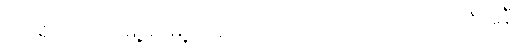
မသိရှိရသေးပဲ မြို့မိ/မြို့ဖ အဆိုပါဇာတ်ကားသည် ဟံသာဝတီအနီး